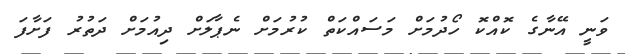
ވަނީ އޭނާގެ ކޮއްކޮ ހޯދުމަށް މަސައްކަތް ކުރުމަށް ނެޕާލަށް ދިއުމަށް ދަތުރު ފަށާފަ